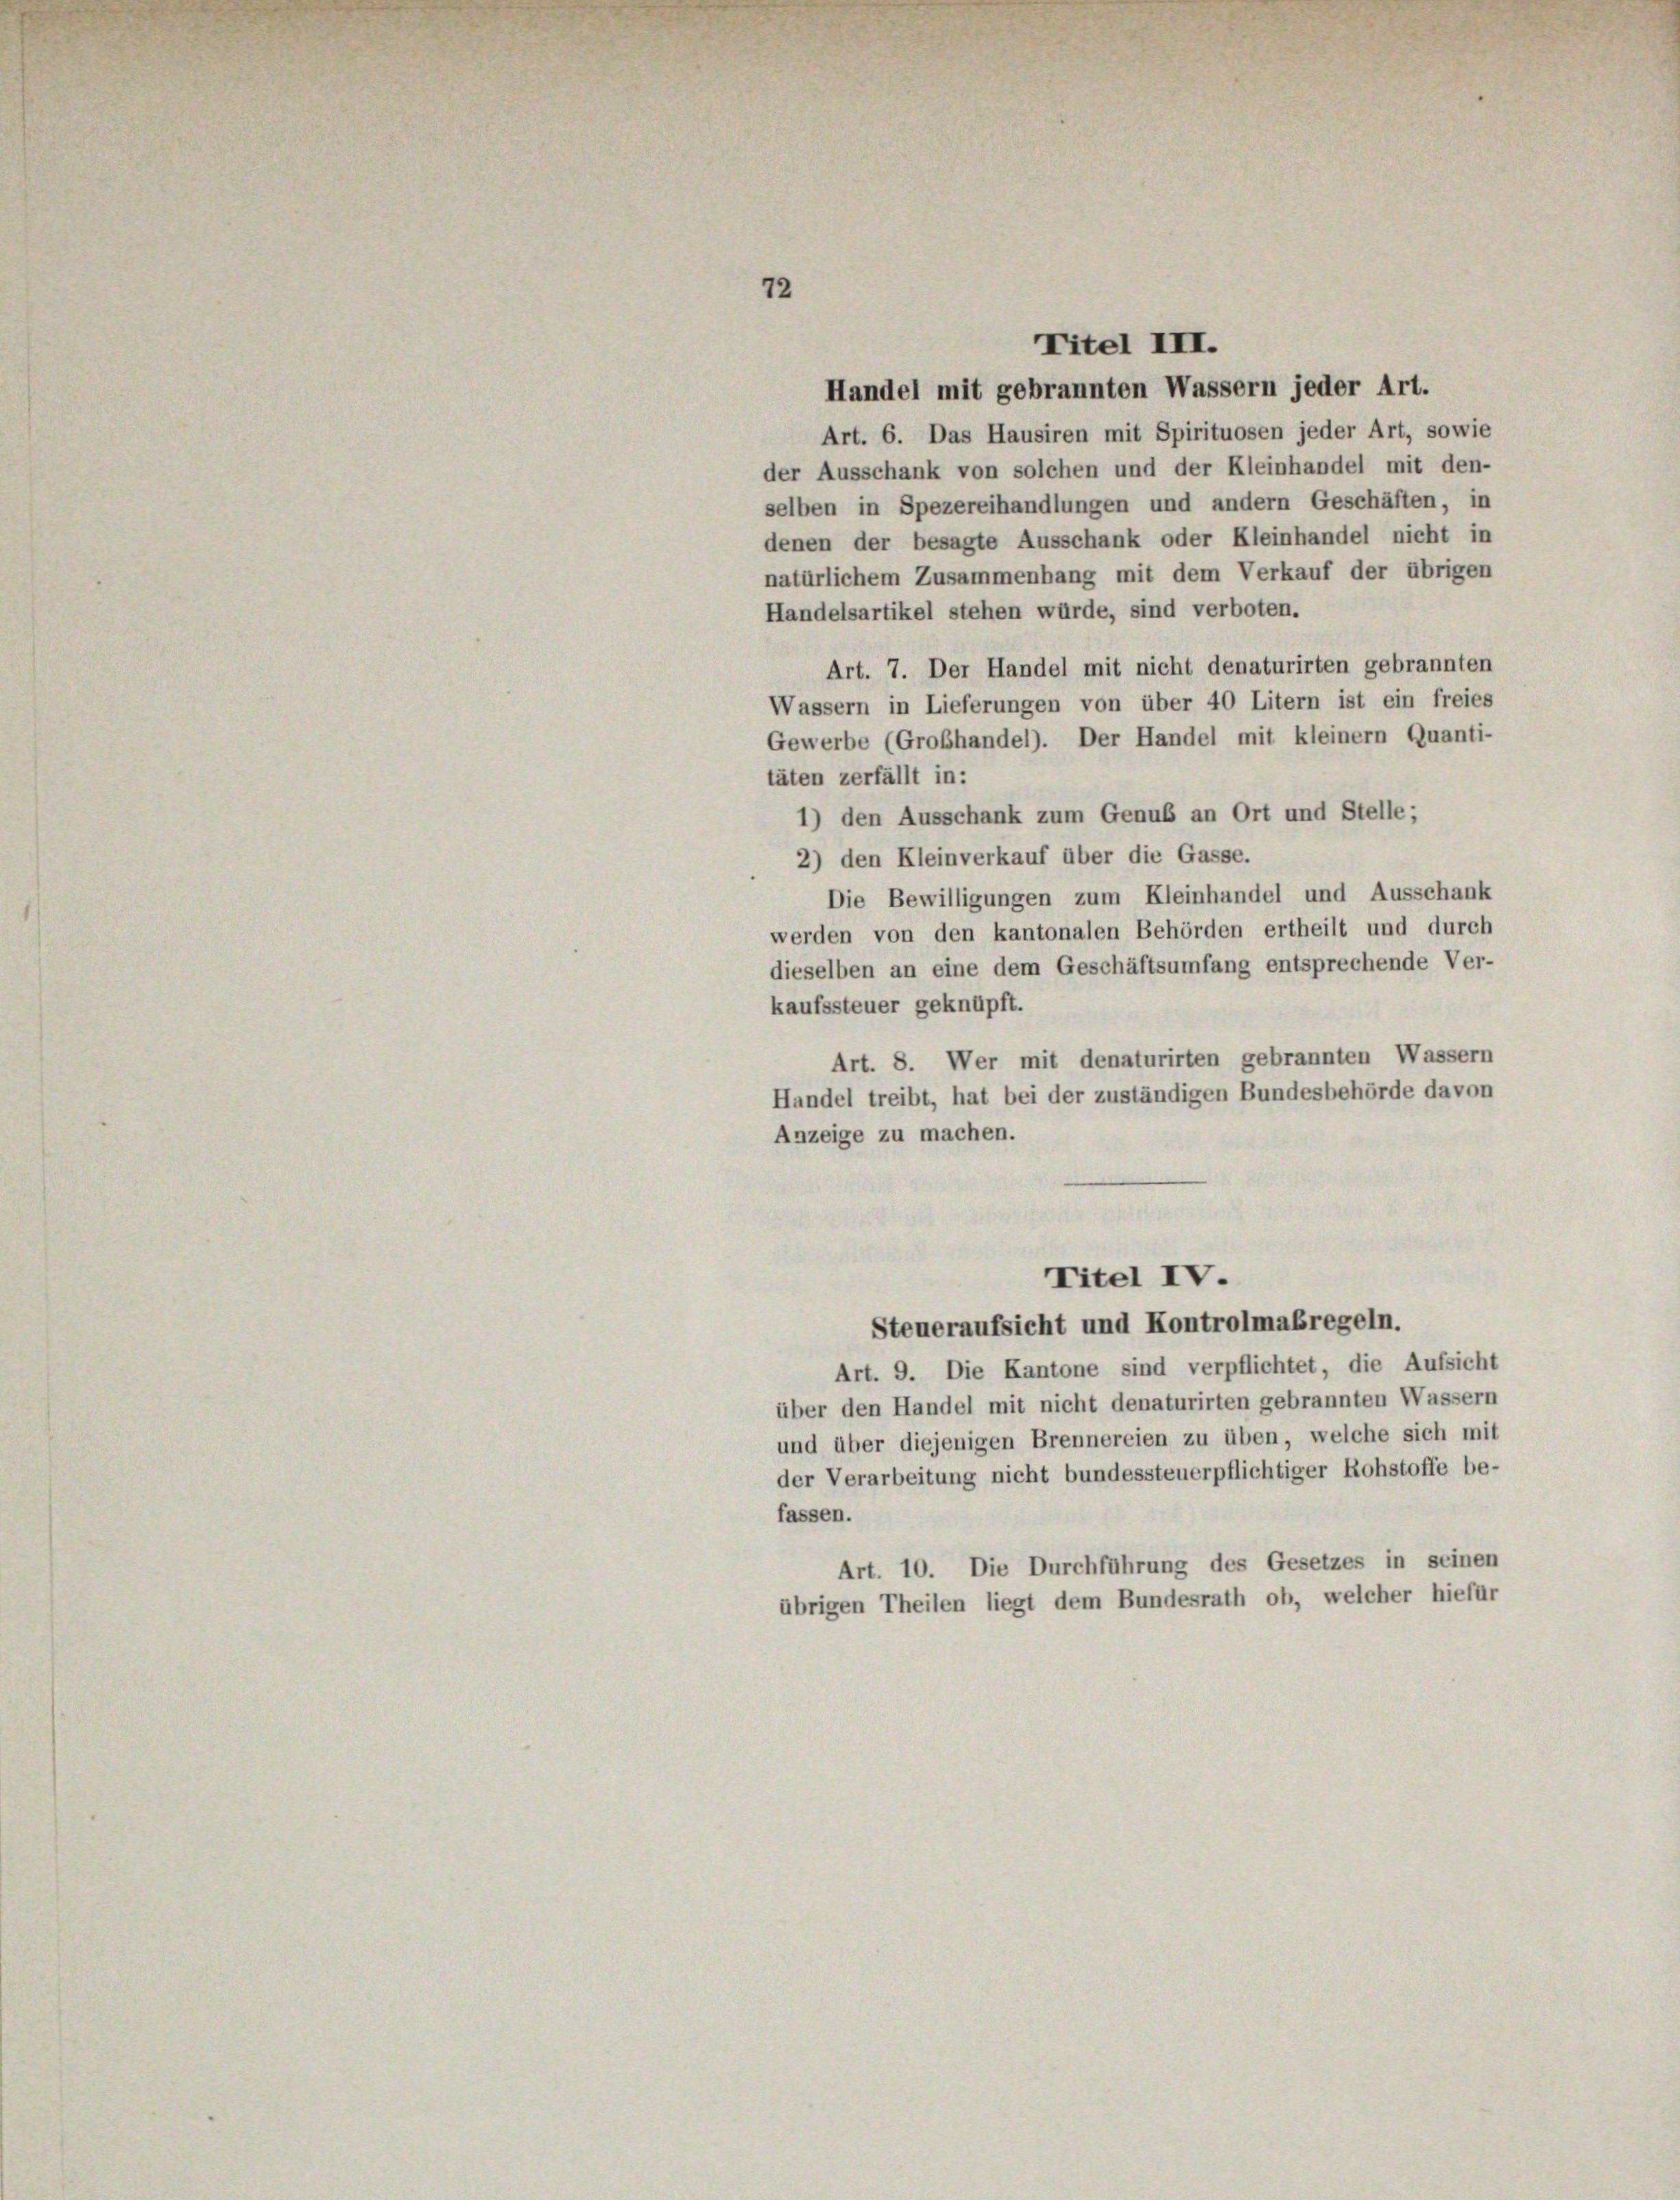
Handel mit gebrannten Wassern jeder Art.
Art. 6. Das Hausiren mit Spirituosen jeder Art, sowie
der Ausschank von solchen und der Kleinhandel mit den-
selben in Spezereihandlungen und andern Geschäften, in
denen der besagte Ausschank oder Kleinhandel nicht in
natürlichem Zusammenhang mit dem Verkauf der übrigen
Handelsartikel stehen würde, sind verboten.
Art. 7. Der Handel mit nicht denaturirten gebrannten
Wassern in Lieferungen von über 40 Litern ist ein freies
Gewerbe (Grobhandel). Der Handel mit kleinem Quanti-
täten zerfällt in:
1) den Ausschank zum Genuß an Ort und Stelle;
2) den Kleinverkauf über die Gasse.
Die Bewilligungen zum Kleinhandel und Ausschank
werden von den kantonalen Behörden ertheilt und durch
dieselben an eine dem Geschäftsumfang entsprechende Ver-
kaufssteuer geknüpft.
Art. 8. Wer mit denaturirten gebrannten Wassern
Handel treibt, hat bei der zuständigen Bundesbehörde davon
Anzeige zu machen.
Titel IV.
Steueraufsicht und Kontrolmaßregeln.
Art. 9. Die Kantone sind verpflichtet, die Aufsicht
über den Handel mit nicht denaturirten gebrannten Wassern
und über diejenigen Brennereien zu üben, welche sich mit
der Verarbeitung nicht bundessteuerpflichtiger Rohstoffe be-
fassen.
Art. 10. Die Durchführung des Gesetzes in seinen
übrigen Theilen liegt dem Bundesrath ob, welcher hiefür

72

Titel III.